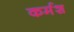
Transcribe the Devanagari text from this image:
कर्मश